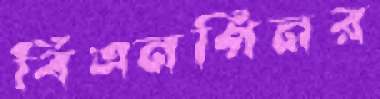
বিএনপিনর